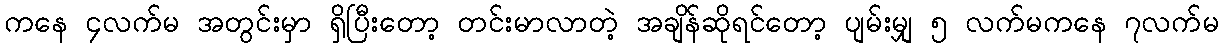
ကနေ ၄လက်မ အတွင်းမှာ ရှိပြီးတော့ တင်းမာလာတဲ့ အချိန်ဆိုရင်တော့ ပျမ်းမျှ ၅ လက်မကနေ ၇လက်မ